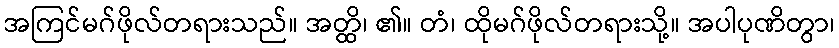
အကြင်မဂ်ဖိုလ်တရားသည်။ အတ္ထိ၊ ၏။ တံ၊ ထိုမဂ်ဖိုလ်တရားသို့။ အပါပုဏိတွာ၊